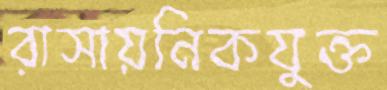
রাসায়নিকযুক্ত